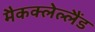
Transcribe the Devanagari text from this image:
मैकक्लेल्लैंड